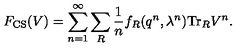
F _ { \mathrm { C S } } ( V ) = \sum _ { n = 1 } ^ { \infty } \sum _ { R } { \frac { 1 } { n } } f _ { R } ( q ^ { n } , \lambda ^ { n } ) \mathrm { T r } _ { R } V ^ { n } .